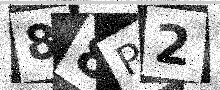
Text: 88P2